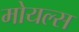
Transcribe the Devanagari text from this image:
मोयल्स